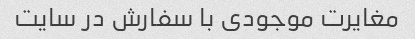
مغایرت موجودی با سفارش در سایت